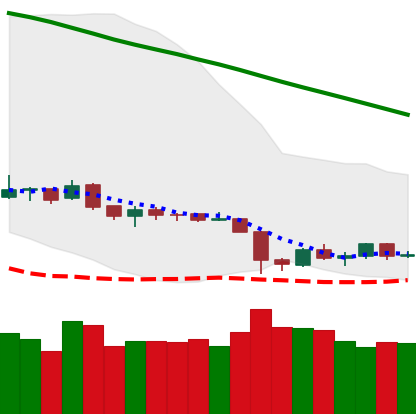
Ticker: ETH-USD
Chart end date: 2019-02-04
Forward return: 10.767%
Label: up_7plus